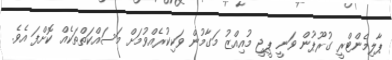
ޕާލިމެންޓްރީ ގުރޫޕުން ވަނީ ޕީޖީ މުއިއްޒު މަގާމުން ވަކިކުރެއްވުމަށް މަސައްކަތްތަކެއް ކޮށްފަ އެވެ.